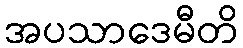
အပသာဒေမီတိ